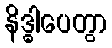
နိဒ္ဓါပေတွာ